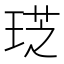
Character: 𤦧